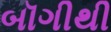
બૉગીથી